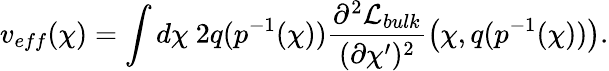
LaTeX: v_{eff}(\chi)=\int d\chi~2q(p^{-1}(\chi))\frac{\partial^{2}{\cal L}_{bulk}}{(\partial\chi^{\prime})^{2}}\left(\chi,q(p^{-1}(\chi))\right).